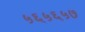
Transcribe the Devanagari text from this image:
५६५६५७